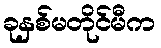
ခုနှစ်မတိုင်မီက